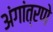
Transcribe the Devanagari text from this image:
अंगांत्रणे